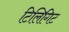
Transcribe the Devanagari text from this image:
टिलिगिट